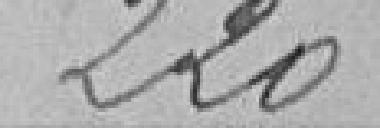
220